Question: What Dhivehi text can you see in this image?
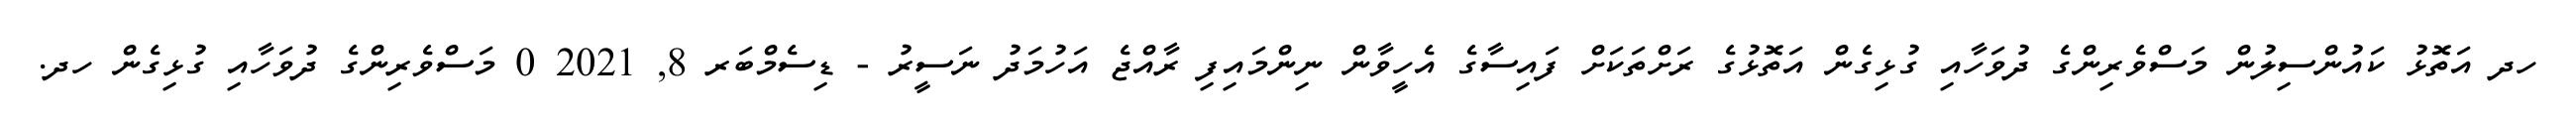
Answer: ހދ އަތޮޅު ކައުންސިލުން މަސްވެރިންގެ ދުވަހާއި ގުޅިގެން އަތޮޅުގެ ރަށްތަކަށް ފައިސާގެ އެހީވާން ނިންމައިފި ރާއްޖެ އަހުމަދު ނަސީރު - ޑިސެމްބަރ 8, 2021 0 މަސްވެރިންގެ ދުވަހާއި ގުޅިގެން ހދ.